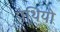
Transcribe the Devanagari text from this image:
पंथियो